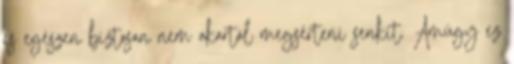
és egészen biztosan nem akartál megsérteni senkit. Amúgy ez